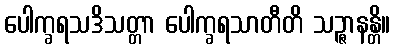
ပေါက္ခရသဒိသတ္တာ ပေါက္ခရသာတီတိ သဉ္ဇာနန္တိ။